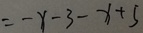
= - x - 3 - x + 5